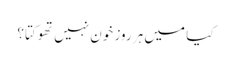
کیا میں ہر روز خون نہیں تھوکتا؟